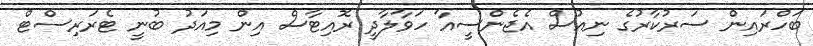
ބަހްރައިން ސަރުކާރުގެ ނިއުސް އެޖެންސީއާ ހަވާލާދީ ރޮއިޓާސް އިން މިއަދު ބުނީ ޓެރަރިސްޓް